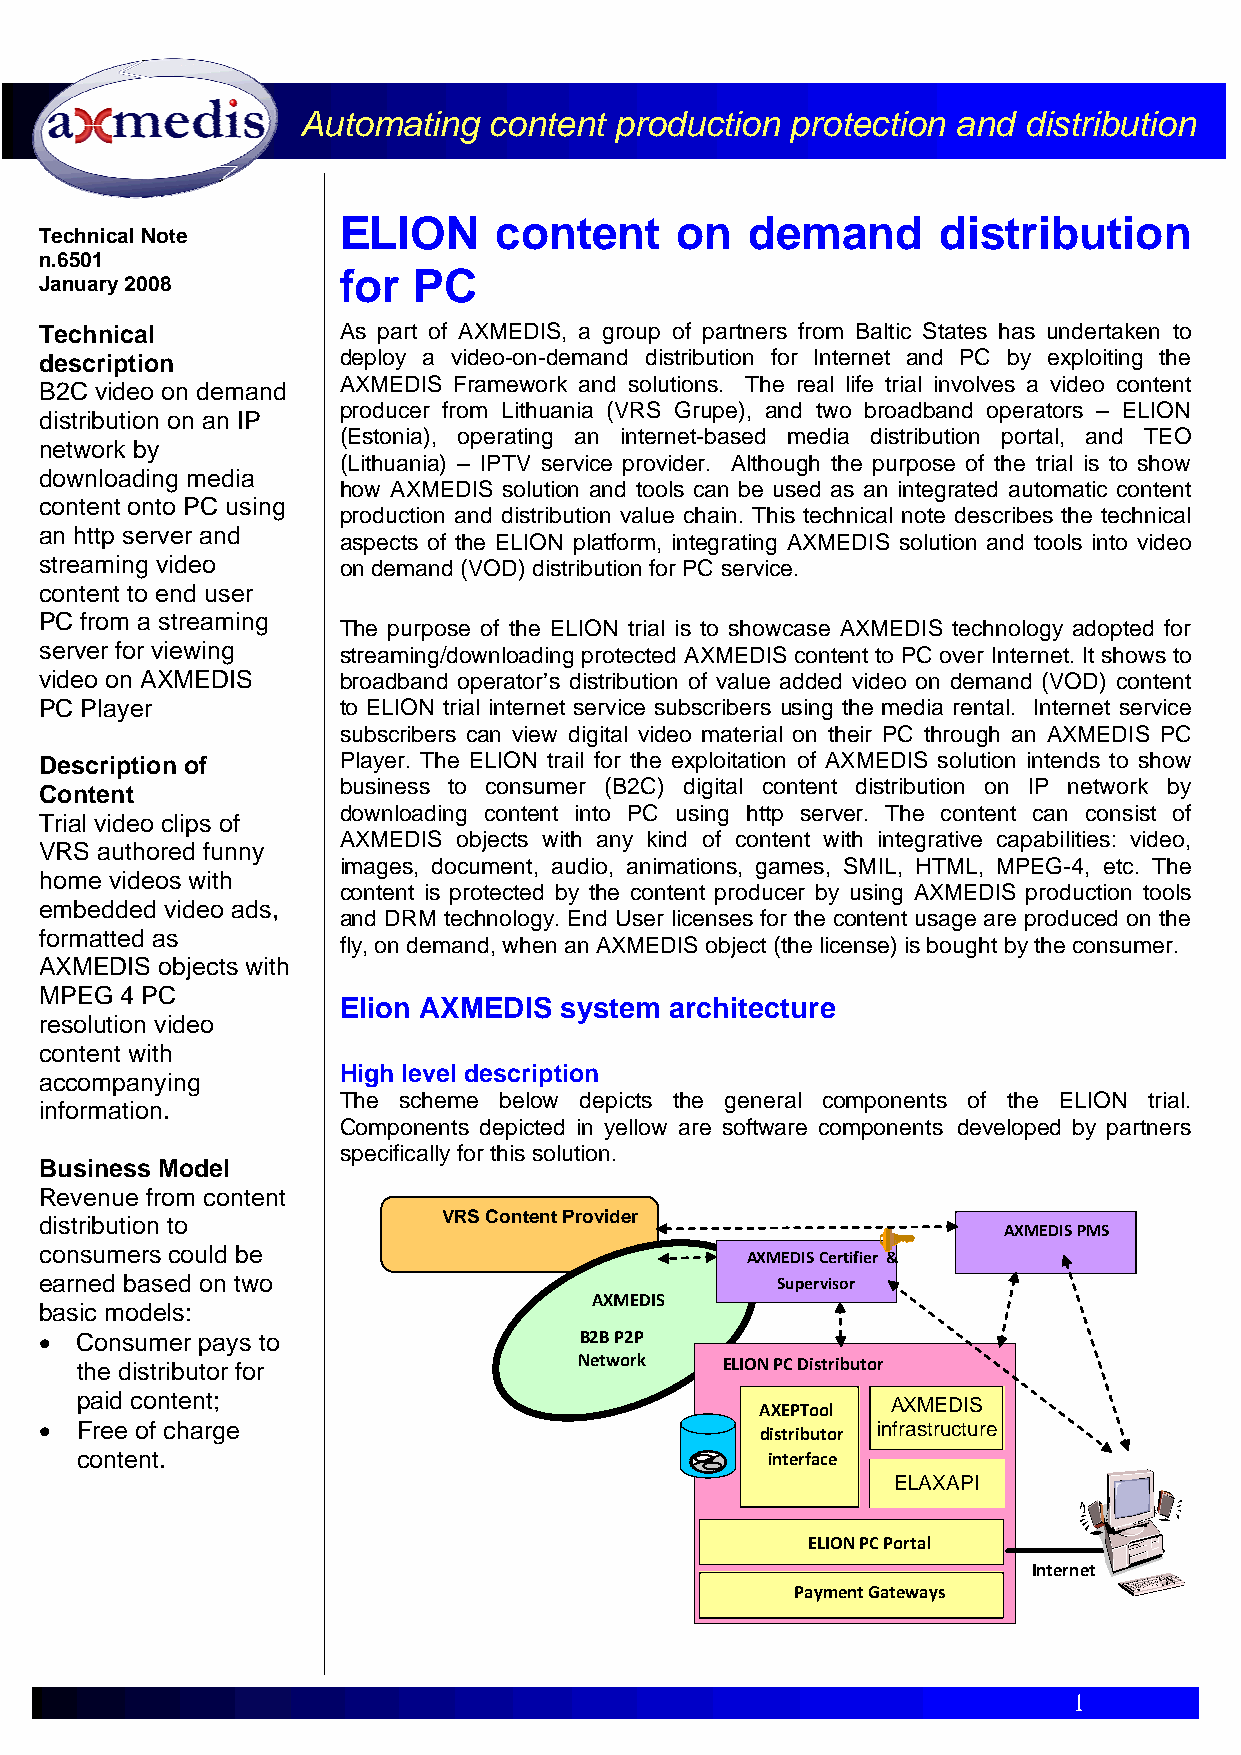
Automating  content  production protection and  distribution
 ELION      content     on  demand       distribution
 Technical Note
 n.6501
 for  PC
 January 2008
 Technical          As part of AXMEDIS, a group of partners from Baltic States has undertaken to
 description        deploy a video-on-demand distribution for Internet and PC by exploiting the
 AXMEDIS Framework and solutions. The real life trial involves a video content
 B2C video on demand
 producer from Lithuania (VRS Grupe), and two broadband operators – ELION
 distribution on an IP
 (Estonia), operating an internet-based media distribution portal, and TEO
 network by
 (Lithuania) – IPTV service provider. Although the purpose of the trial is to show
 downloading media
 how AXMEDIS solution and tools can be used as an integrated automatic content
 content onto PC using
 production and distribution value chain. This technical note describes the technical
 an http server and
 aspects of the ELION platform, integrating AXMEDIS solution and tools into video
 streaming video    on demand (VOD) distribution for PC service.
 content to end user
 PC from a streaming
 The purpose of the ELION trial is to showcase AXMEDIS technology adopted for
 server for viewing streaming/downloading protected AXMEDIS content to PC over Internet. It shows to
 video on AXMEDIS   broadband operator’s distribution of value added video on demand (VOD) content
 PC Player          to ELION trial internet service subscribers using the media rental. Internet service
 subscribers can view digital video material on their PC through an AXMEDIS PC
 Description of     Player. The ELION trail for the exploitation of AXMEDIS solution intends to show
 business to consumer (B2C) digital content distribution on IP network by
 Content
 downloading content into PC using http server. The content can consist of
 Trial video clips of
 AXMEDIS objects with any kind of content with integrative capabilities: video,
 VRS authored funny
 images, document, audio, animations, games, SMIL, HTML, MPEG-4, etc. The
 home videos with
 content is protected by the content producer by using AXMEDIS production tools
 embedded video ads,
 and DRM technology. End User licenses for the content usage are produced on the
 formatted as
 fly, on demand, when an AXMEDIS object (the license) is bought by the consumer.
 AXMEDIS objects with
 MPEG 4 PC
 Elion AXMEDIS  system architecture
 resolution video
 content with
 High level description
 accompanying
 The scheme below depicts the general components of the ELION trial.
 information.
 Components depicted in yellow are software components developed by partners
 specifically for this solution.
 Business Model
 Revenue from content
 distribution to           VRS Content Provider
 AXMEDIS PMS
 consumers could be
 AXMEDIS Certifier &
 earned based on two                             Supervisor
 AXMEDIS
 basic models:
 • Consumer pays to                 B2B P2P
 the distributor for              Network   ELION PC Distributor
 paid content;
 AXMEDIS
 AXEPTool
 • Free of charge                                       infrastructure
 distributor
 content.                                      interface
 ELAXAPI
 ELION PC Portal
 Internet
 Payment Gateways
 1